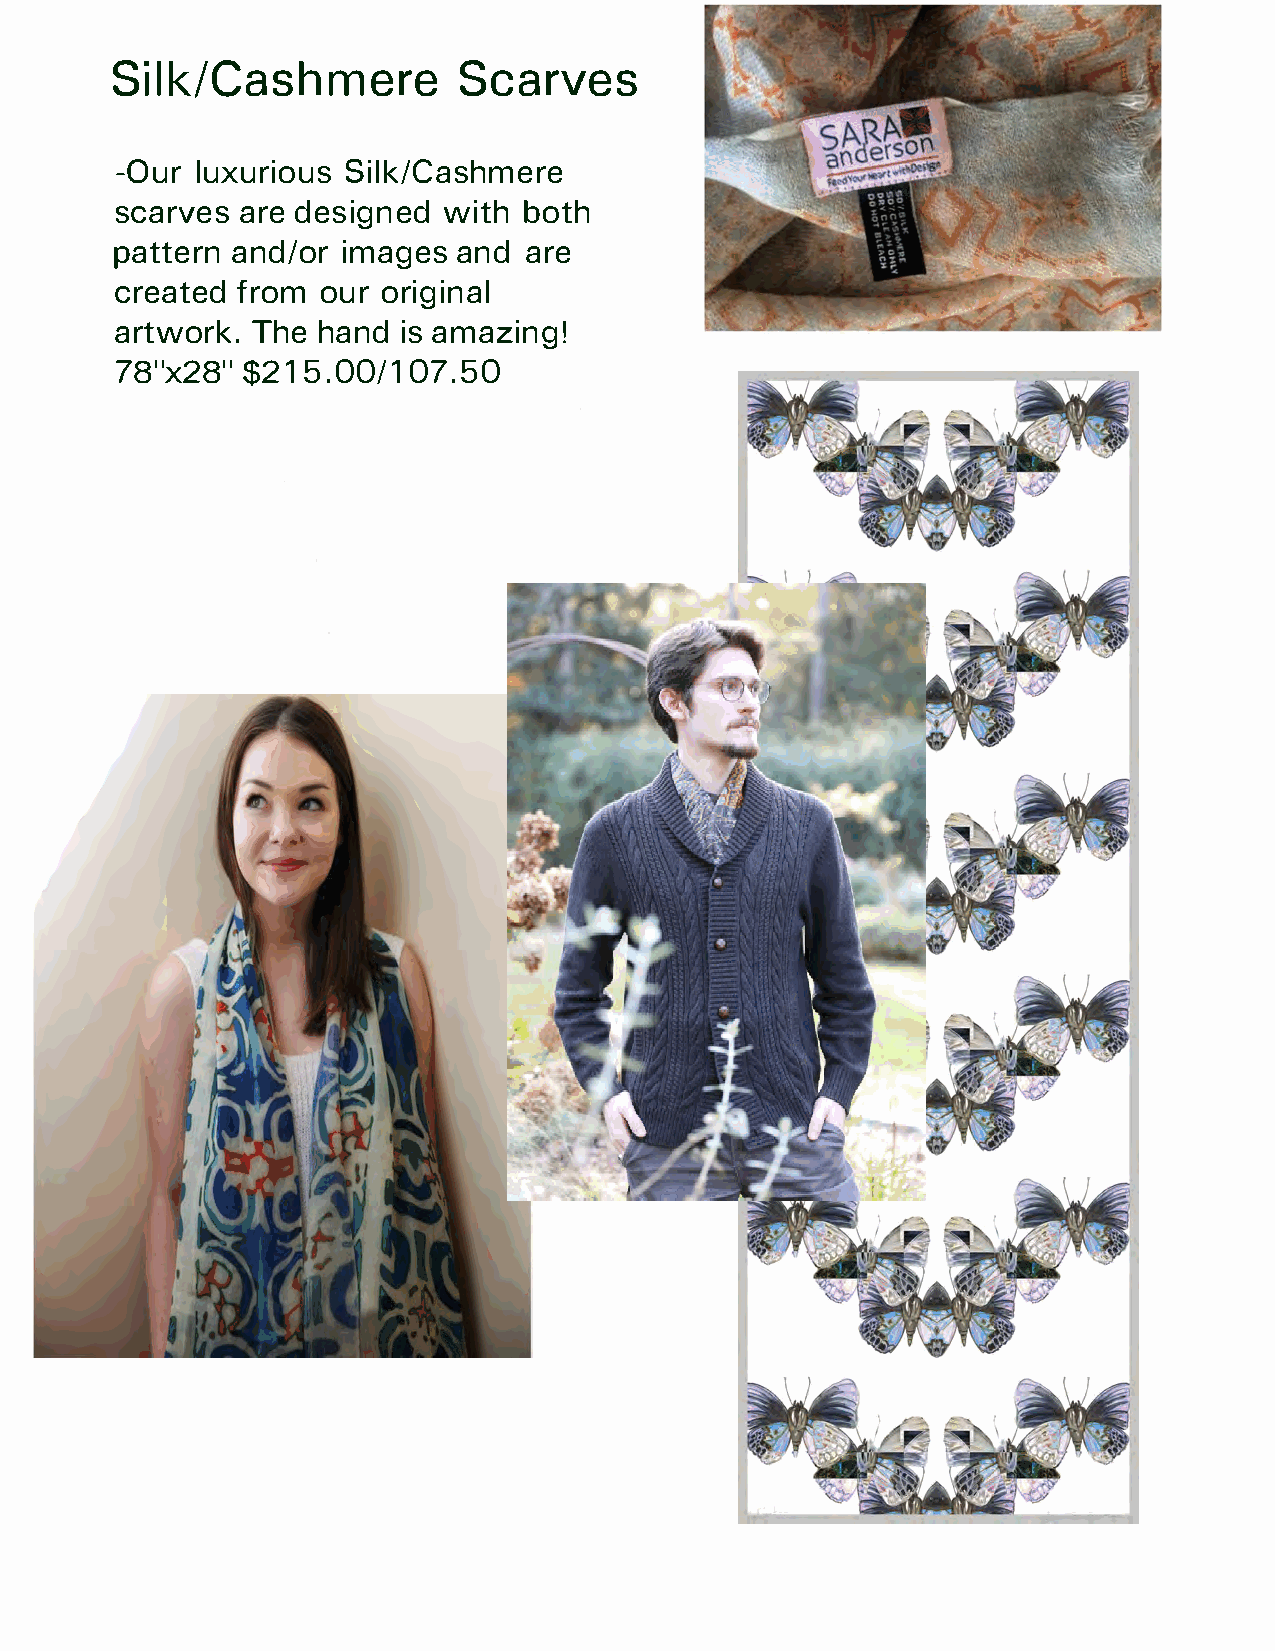
Silk/CasShcmaerrvee                       s
 -Oulru   xurSiilokCu/assh mere
 scarves       agrnede w dietsbhoi th
 pattrne and/iomra  ges     aarned
 created      o ufror irogminal
 artwork.        The     hand       is    amazing!
 78"x28"           1$0271.55.000/